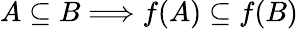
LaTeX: A\subseteq B\Longrightarrow f(A)\subseteq f(B)